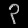
Digit: ၃